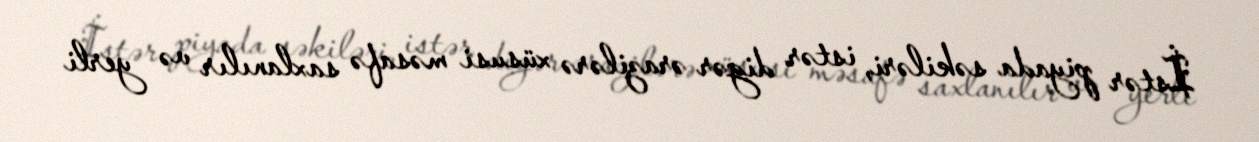
İstər piyada səkiləri, istər digər ərazilərə xüsusi məsafə saxlanılır və yerli